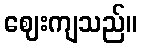
ဈေးကျသည်။